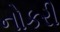
નોકરી